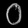
Digit: ၀